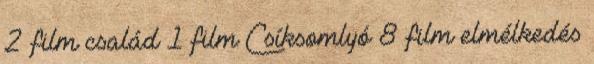
2 film család 1 film Csíksomlyó 8 film elmélkedés